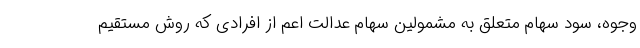
وجوه، سود سهام متعلق به مشمولین سهام عدالت اعم از افرادی که روش مستقیم